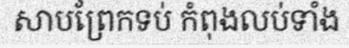
សាបព្រែកទប់ កំពុងលប់ទាំង